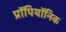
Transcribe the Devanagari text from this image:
प्रॉपियॉनिक